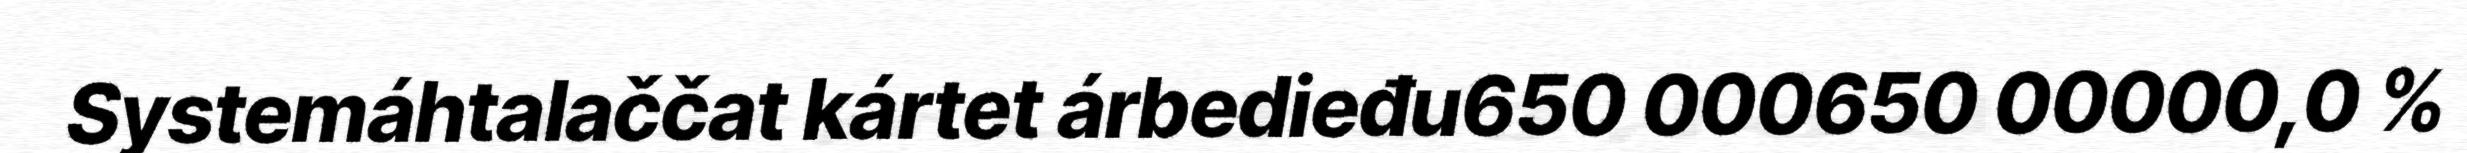
Systemáhtalaččat kártet árbedieđu650 000650 00000,0 %